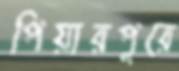
পিয়ারপুুরে